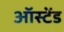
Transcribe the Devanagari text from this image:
ऑस्टेंड